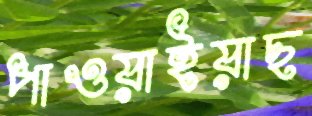
পাওয়াইয়াছ